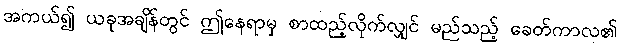
အကယ်၍ ယခုအချိန်တွင် ဤနေရာမှ စာထည့်လိုက်လျှင် မည်သည့် ခေတ်ကာလ၏